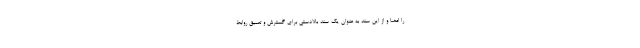
را امضا و از این سند به عنوان یک سند بالادستی برای گسترش و تعمیق روابط